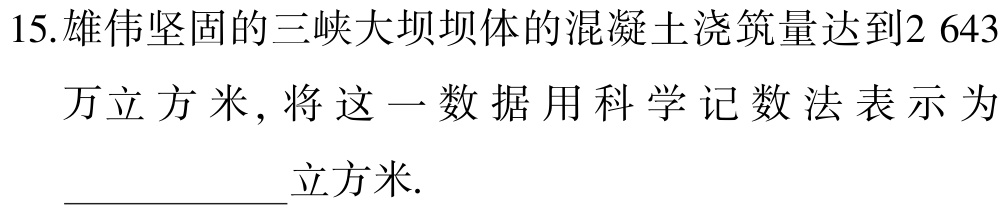
15.雄伟坚固的三峡大坝坝体的混凝土浇筑量达到2 643万立方米, 将这一数据用科学记数法表示为____________立方米.